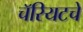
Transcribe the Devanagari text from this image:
चॅरियटचे